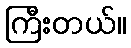
ကြီးတယ်။